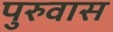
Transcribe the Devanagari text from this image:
पुरुवास